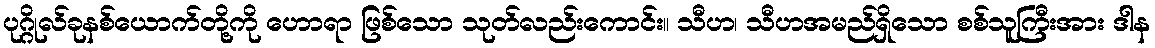
ပုဂ္ဂိုလ်ခုနစ်ယောက်တို့ကို ဟောရာ ဖြစ်သော သုတ်လည်းကောင်း။ သီဟ၊ သီဟအမည်ရှိသော စစ်သူကြီးအား ဒါန